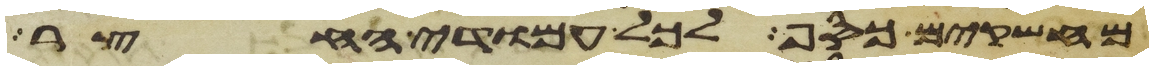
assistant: מחשקים כסף לכל עמודי החצר